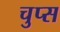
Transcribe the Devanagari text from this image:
चुप्स